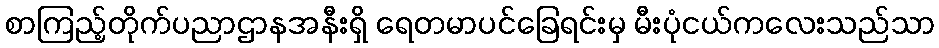
စာကြည့်တိုက်ပညာဌာနအနီးရှိ ရေတမာပင်ခြေရင်းမှ မီးပုံငယ်ကလေးသည်သာ